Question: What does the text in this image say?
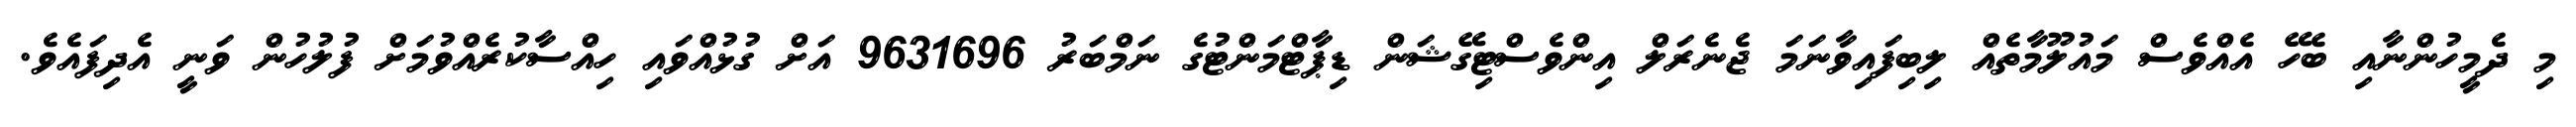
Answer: މި ދެމީހުންނާއި ބެހޭ އެއްވެސް މައުލޫމާތެއް ލިބިފައިވާނަމަ ޖެނެރަލް އިންވެސްޓިގޭޝަން ޑިޕާޓްމަންޓުގެ ނަމްބަރު 9631696 އަށް ގުޅުއްވައި ހިއްސާކުރެއްވުމަށް ފުލުހުން ވަނީ އެދިފައެވެ.